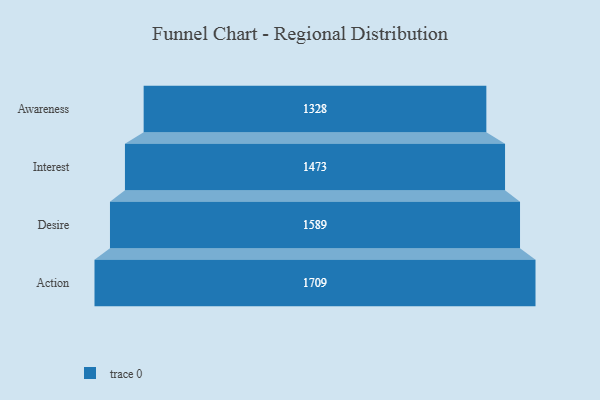
{"axis": {"x": "Stage", "y": "Value"}, "legend": [""], "data": [{"x": "Awareness", "y": 1328.0, "type": ""}, {"x": "Interest", "y": 1473.0, "type": ""}, {"x": "Desire", "y": 1589.0, "type": ""}, {"x": "Action", "y": 1709.0, "type": ""}]}